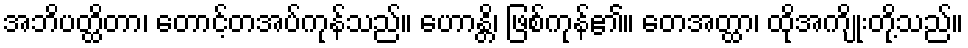
အဘိပတ္ထိတာ၊ တောင့်တအပ်ကုန်သည်။ ဟောန္တိ၊ ဖြစ်ကုန်၏။ တေအတ္ထာ၊ ထိုအကျိုးတို့သည်။